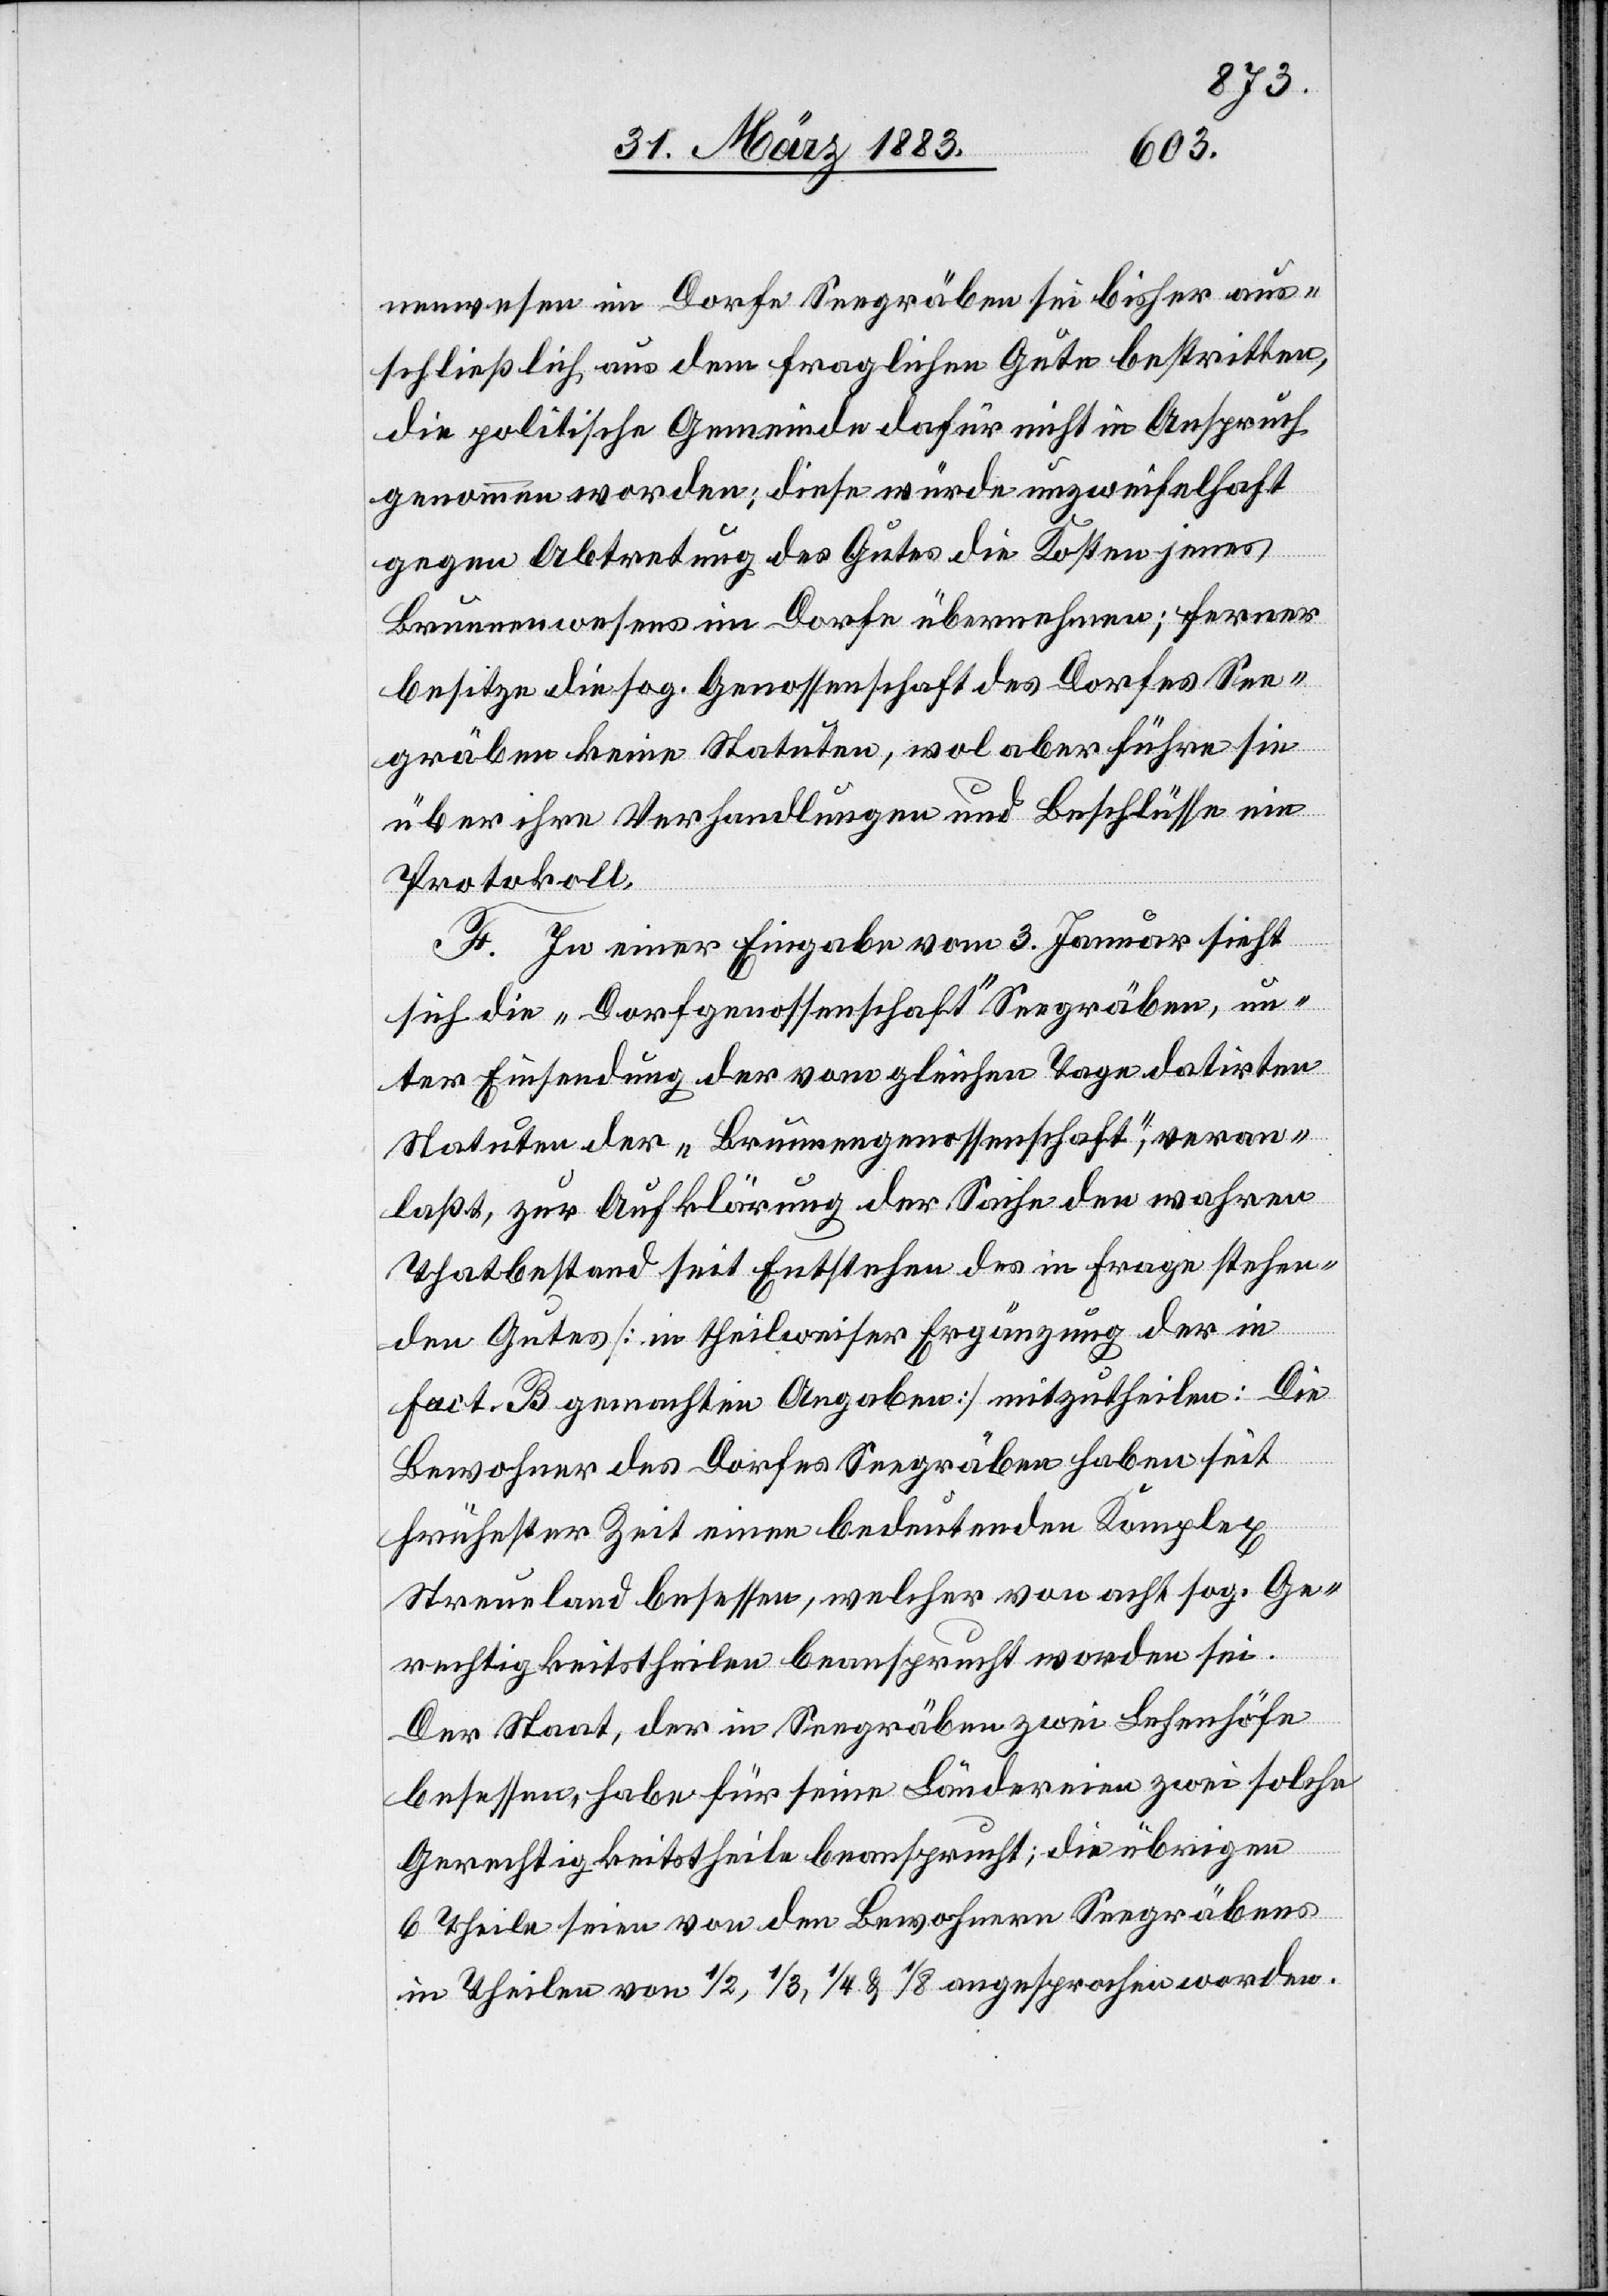
nenwesen im Dorfe Seegräben sei bisher aus¬
schließlich, aus dem fraglichen Gute bestritten,
die politische Gemeinde dafür nicht in Anspruch
genommen worden; diese würde unzweifelhaft
gegen Abtretung des Gutes die Kosten jenes
Brunnenwesens im Dorfe übernehmen; ferner
besitze die sog. Genossenschaft des Dorfes See¬
gräben keine Statuten, wol aber führe sie
über ihre Verhandlungen und Beschlüsse ein
Protokoll.
F. In einer Eingabe vom 3. Januar sieht
sich die „Dorfgenossenschaft“ Seegräben, un¬
ter Einsendung der vom gleichen Tage datirten
Statuten der „Brunnengenossenschaft“, veran¬
laßt, zur Aufklärung der Sache den wahren
Thatbestand seit Entstehen des in Frage stehen¬
den Gutes [in theilweiser Ergänzung der in
fact. B gemachten Angaben] mitzutheilen: Die
Bewohner des Dorfes Seegräben haben seit
frühester Zeit einen bedeutenden Komplex
Streueland besessen, welcher von acht sog. Ge¬
rechtigkeitstheilen beansprucht worden sei.
Der Staat, der in Seegräben zwei Lehenhöfe
besessen, habe für seine Ländereien zwei solche
Gerechtigkeitstheile beansprucht; die übrigen
6 Theile seien von den Bewohnern Seegräbens
in Theilen von 1/2, 1/3, 1/4 & 1/8 angesprochen worden.